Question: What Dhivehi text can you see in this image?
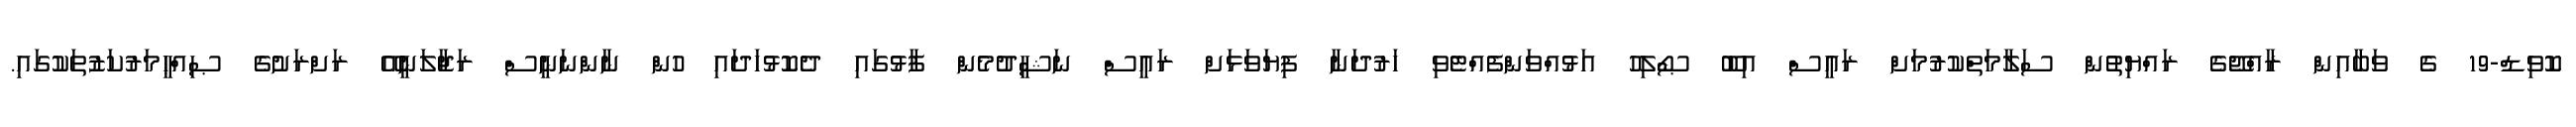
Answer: ކޮވިޑް-19 ގެ ވަބާއިން ރާއްޖޭގެ ރައްޔިތުން ސަލާމަތްކުރުމަށް ރައީސް އިބޫ ޞޯލިހު އަޅުއްވަންފެއްޓެވި ހަރުދަނާ ފިޔަވަޅަށް ރައީސް ނަޝީދުމެން ފާޅުގައި ދެކޮޅުހަދައި ހުން ނާންނަނީސް ރަޖާލަނީއޭ ރަށްރަށުގެ ޞިއްޙީމަރުކަޒުތަކުގައި.